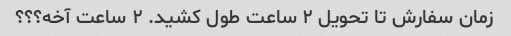
زمان سفارش تا تحویل ۲ ساعت طول کشید. ۲ ساعت آخه؟؟؟